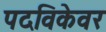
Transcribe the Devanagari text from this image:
पदविकेवर